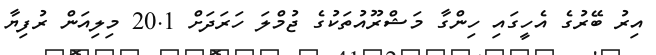
އިރު ބޭރުގެ އެހީގައި ހިންގާ މަޝްރޫއުތަކުގެ ޖުމްލަ ހަރަދަށް 20.1 މިލިއަން ރުފިޔާ